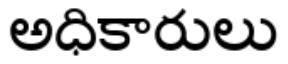
అధికారులు